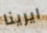
ايرينا